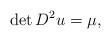
\begin{align*}\det D^{2} u =\mu,\end{align*}